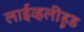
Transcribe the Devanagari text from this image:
लाईव्हलीहूड